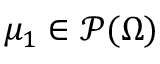
\mu _ { 1 } \in \mathscr { P } ( \Omega )